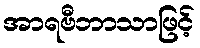
အာရဗီဘာသာဖြင့်